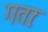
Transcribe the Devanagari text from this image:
गताः